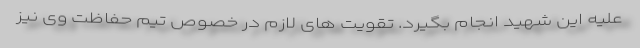
علیه این شهید انجام بگیرد. تقویت های لازم در خصوص تیم حفاظت وی نیز